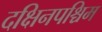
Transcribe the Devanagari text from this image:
दक्षिनपश्चिम